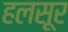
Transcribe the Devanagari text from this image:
हलसूर